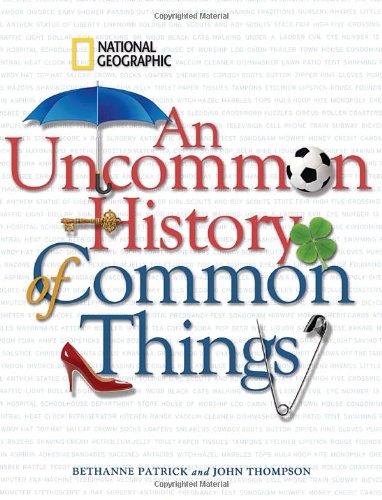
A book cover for An Uncommon History of Common Things; Bethanne Patrick; Humor & Entertainment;